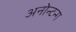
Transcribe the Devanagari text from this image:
अनोन्टन्ग